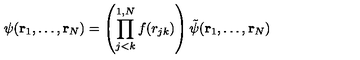
\psi ( { \bf r } _ { 1 } , \ldots , { \bf r } _ { N } ) = \left( \prod _ { j < k } ^ { 1 , N } f ( r _ { j k } ) \right) \tilde { \psi } ( { \bf r } _ { 1 } , \ldots , { \bf r } _ { N } )